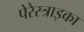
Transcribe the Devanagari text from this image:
पेरेस्त्राइका